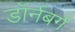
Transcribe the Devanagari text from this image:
डॉर्नबर्ग